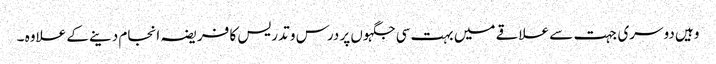
وہیں دوسری جہت سے علاقے میں بہت سی جگہوں پر درس و تدریس کا فریضہ انجام دینے کے علاوہ ۔